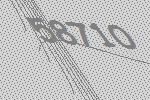
58710